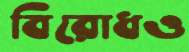
বিরোধও